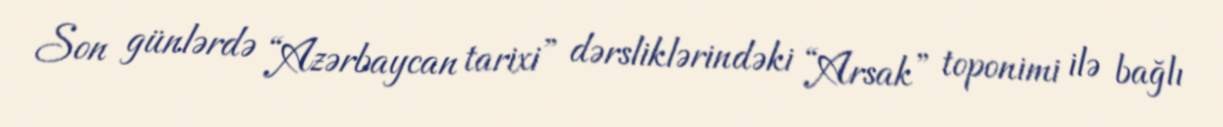
Son günlərdə “Azərbaycan tarixi” dərsliklərindəki “Arsak” toponimi ilə bağlı